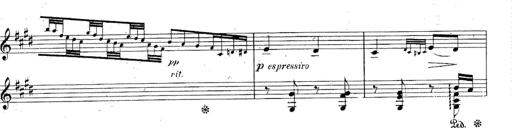
Title: Le rossignol
Composer: Franz Liszt